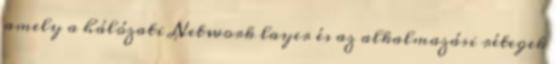
amely a hálózati Network layer és az alkalmazási rétegek